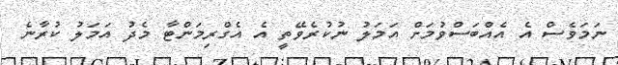
ނަމަވެސް އެ އެއްބަސްވުމަށް އަމަލު ނުކުރެވޭތީ އެ އެގްރިމަންޓާ މެދު އަމަލު ކުރާނެ